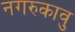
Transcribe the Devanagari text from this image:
नगरुकावु